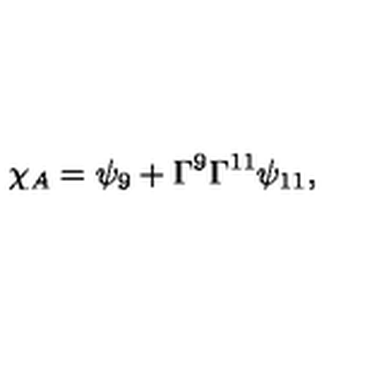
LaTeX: { \chi _ { A } = \psi _ { 9 } + \Gamma ^ { 9 } \Gamma ^ { 1 1 } \psi _ { 1 1 } , }